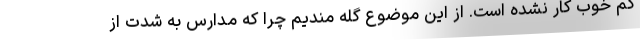
کم خوب کار نشده است. از این موضوع گله مندیم چرا که مدارس به شدت از